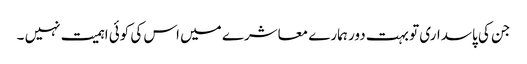
جن کی پاسداری تو بہت دور ہمارے معاشرے میں اس کی کوئی اہمیت نہیں ۔